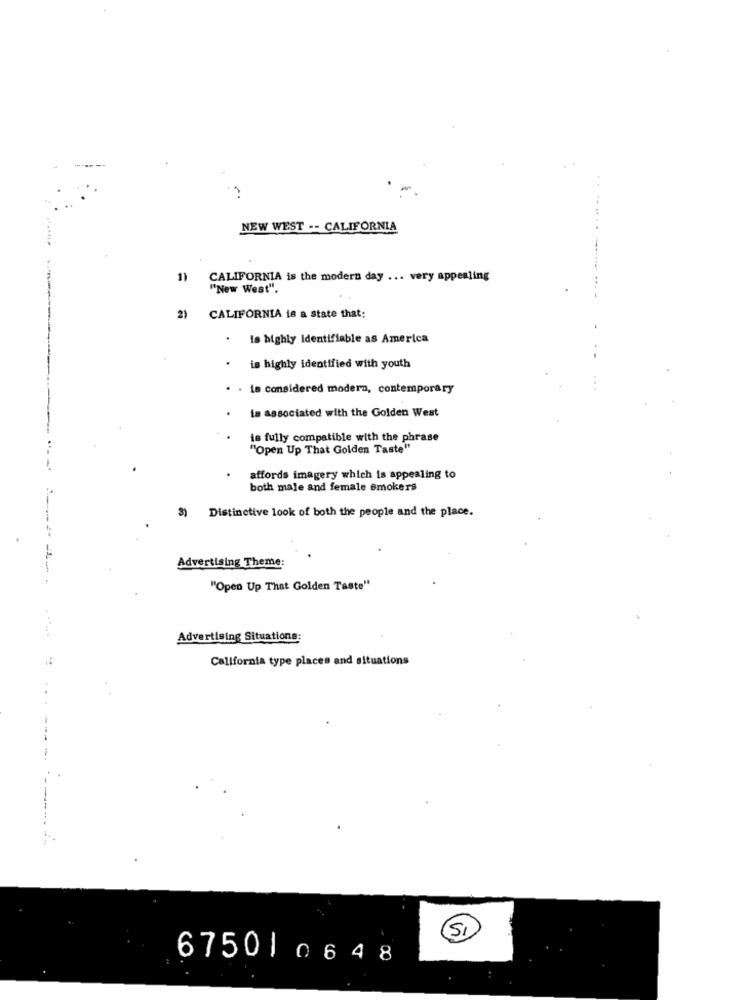
NEW WEST -- CALIFORNIA
1)
CALIFORNIA is the modern day ... very appealing
"New West".
2) CALIFORNIA is a state that:
. Is highly Identifiable as America
is highly identified with youth
. Le considered modern, contemporary
is associated with the Golden West
is fully compatible with the phrase
"Open Up That Golden Taste"
affords imagery which is appealing to
both male and female smokers
Distinctive look of both the people and the place.
Advertising Theme:
"Open Up That Golden Taste"
Advertising Situations:
California type places and situations
SI)
675010648